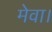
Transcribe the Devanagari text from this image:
मेवा।